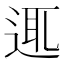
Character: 𨓊